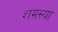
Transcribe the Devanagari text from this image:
शमस्या